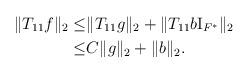
LaTeX: \begin{align*}\|T_{11}f\|_2\le & \|T_{11}g\|_2+\|T_{11}b\mathrm{I}_{F^*}\|_2\\\le & C\|g\|_2+\|b\|_2.\end{align*}